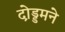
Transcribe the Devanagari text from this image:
दो़ड्डमने